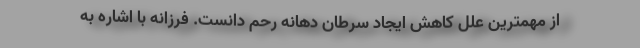
از مهمترین علل کاهش ایجاد سرطان دهانه رحم دانست. فرزانه با اشاره به